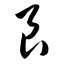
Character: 艮